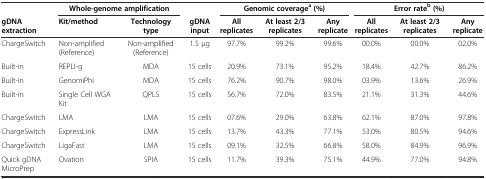
|  | <COLSPAN=2> Whole-genome amplification |  | <COLSPAN=3> Genomic coveragea (%) | <COLSPAN=3> Error rateb (%) |
 | gDNA extraction | Kit/method | Technology type | gDNA input | All replicates | At least 2/3 replicates | Any replicate | All replicates | At least 2/3 replicates | Any replicate |
 | --- | --- | --- | --- | --- | --- | --- | --- | --- | --- |
 | ChargeSwitch | Non-amplified (Reference) | Non-amplified (Reference) | 1.5 μg | 97.7% | 99.2% | 99.6% | 00.0% | 00.0% | 02.0% |
 | Built-in | REPLI-g | MDA | 15 cells | 20.9% | 73.1% | 95.2% | 18.4% | 42.7% | 86.2% |
 | Built-in | GenomiPhi | MDA | 15 cells | 76.2% | 90.7% | 98.0% | 03.9% | 13.6% | 26.9% |
 | Built-in | Single Cell WGA Kit | QPLS | 15 cells | 56.7% | 72.0% | 83.5% | 21.1% | 31.3% | 44.6% |
 | ChargeSwitch | LMA | LMA | 15 cells | 07.6% | 29.0% | 63.8% | 62.1% | 87.0% | 97.8% |
 | ChargeSwitch | ExpressLink | LMA | 15 cells | 13.7% | 43.3% | 77.1% | 53.0% | 80.5% | 94.6% |
 | ChargeSwitch | LigaFast | LMA | 15 cells | 09.1% | 32.5% | 66.8% | 58.0% | 84.9% | 96.9% |
 | Quick gDNA MicroPrep | Ovation | SPIA | 15 cells | 11.7% | 39.3% | 75.1% | 44.9% | 77.0% | 94.8% |